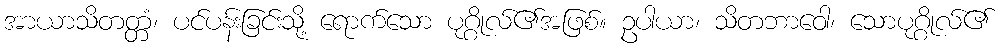
အာယာသိတတ္တံ၊ ပင်ပန်းခြင်းသို့ ရောက်သော ပုဂ္ဂိုလ်၏အဖြစ်။ ဥပါယာ၊ သိတဘာဝေါ၊ သောပုဂ္ဂိုလ်၏